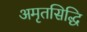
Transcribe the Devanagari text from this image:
अमृतसिद्धि